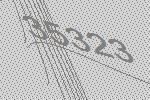
35323